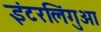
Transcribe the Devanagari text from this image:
इंटरलिंगुआ